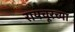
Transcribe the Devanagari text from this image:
रायचूरच्या